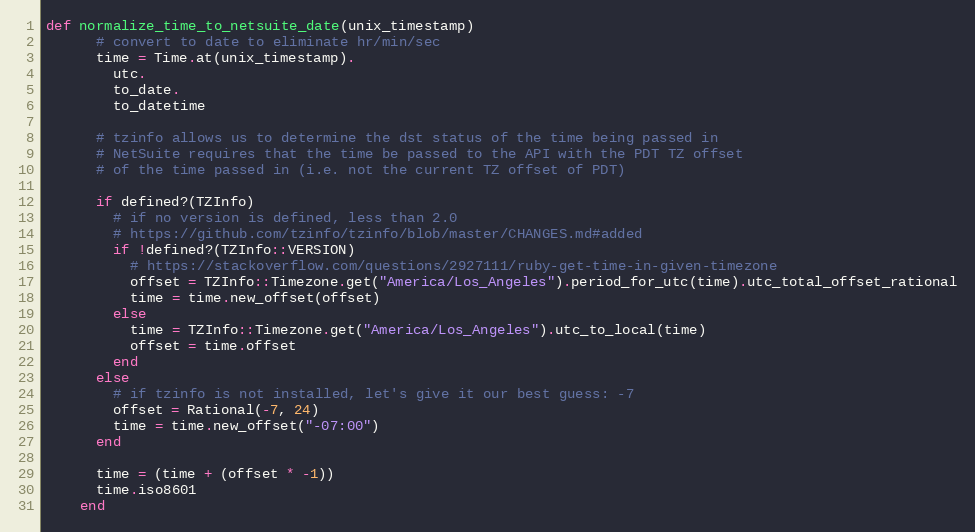
Language: Ruby
def normalize_time_to_netsuite_date(unix_timestamp)
      # convert to date to eliminate hr/min/sec
      time = Time.at(unix_timestamp).
        utc.
        to_date.
        to_datetime

      # tzinfo allows us to determine the dst status of the time being passed in
      # NetSuite requires that the time be passed to the API with the PDT TZ offset
      # of the time passed in (i.e. not the current TZ offset of PDT)

      if defined?(TZInfo)
        # if no version is defined, less than 2.0
        # https://github.com/tzinfo/tzinfo/blob/master/CHANGES.md#added
        if !defined?(TZInfo::VERSION)
          # https://stackoverflow.com/questions/2927111/ruby-get-time-in-given-timezone
          offset = TZInfo::Timezone.get("America/Los_Angeles").period_for_utc(time).utc_total_offset_rational
          time = time.new_offset(offset)
        else
          time = TZInfo::Timezone.get("America/Los_Angeles").utc_to_local(time)
          offset = time.offset
        end
      else
        # if tzinfo is not installed, let's give it our best guess: -7
        offset = Rational(-7, 24)
        time = time.new_offset("-07:00")
      end

      time = (time + (offset * -1))
      time.iso8601
    end